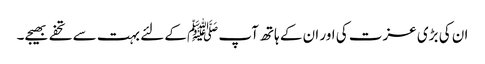
ان کی بڑی عزت کی اور ان کے ہاتھ آپ ﷺکے لئے بہت سے تحفے بھیجے۔